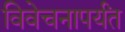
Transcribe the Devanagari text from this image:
विवेचनापर्यंत